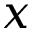
x